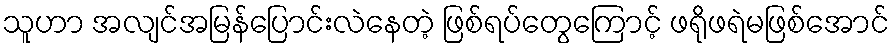
သူဟာ အလျင်အမြန်ပြောင်းလဲနေတဲ့ ဖြစ်ရပ်တွေကြောင့် ဖရိုဖရဲမဖြစ်အောင်